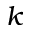
k